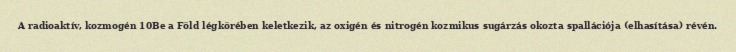
A radioaktív, kozmogén 10Be a Föld légkörében keletkezik, az oxigén és nitrogén kozmikus sugárzás okozta spallációja (elhasítása) révén.